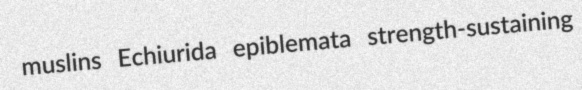
muslins Echiurida epiblemata strength-sustaining